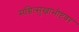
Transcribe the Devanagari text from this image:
सच्चित्सुखाभीष्टवरं